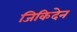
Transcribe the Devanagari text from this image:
जिकिदेन